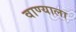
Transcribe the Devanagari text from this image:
वाण्याला